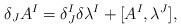
LaTeX: \begin{align*}\delta_{J}A^{I}=\delta^{I}_{J}\delta\lambda^{I}+[A^{I},\lambda^{J}],\end{align*}